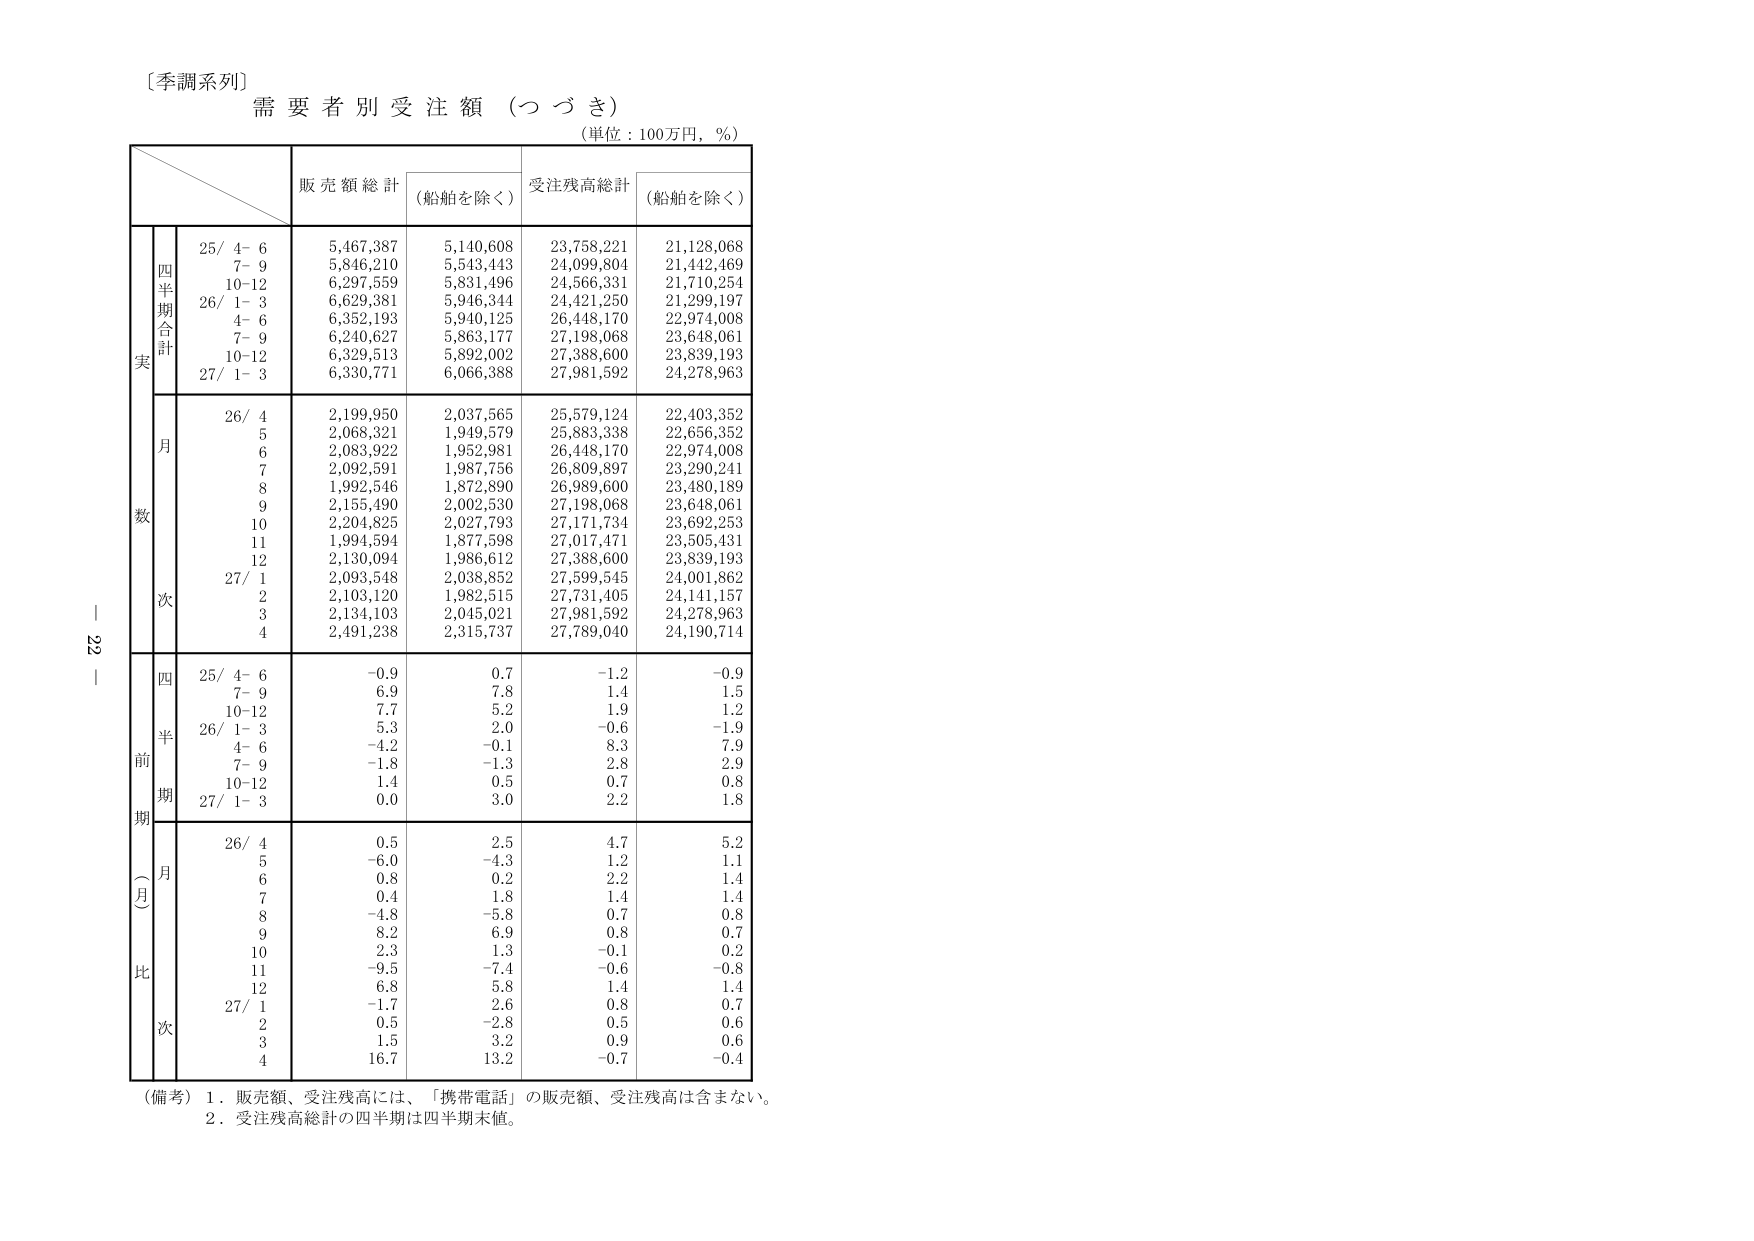
〔季調系列〕
需要者別受注額（つづき）
（単位：100万円，％）

販売額総計 （船舶を除く） 受注残高総計 （船舶を除く）

四半期合計
実
25/ 4- 6 5,467,387 5,140,608 23,758,221 21,128,068
7- 9 5,846,210 5,543,443 24,099,804 21,442,469
10-12 6,297,559 5,831,496 24,566,331 21,710,254
26/ 1- 3 6,629,381 5,946,344 24,421,250 21,299,197
4- 6 6,352,193 5,940,125 26,448,170 22,974,008
7- 9 6,240,627 5,863,177 27,198,068 23,648,061
10-12 6,329,513 5,892,002 27,388,600 23,839,193
27/ 1- 3 6,330,771 6,066,388 27,981,592 24,278,963

月
数
26/ 4 2,199,950 2,037,565 25,579,124 22,403,352
5 2,068,321 1,949,579 25,883,338 22,656,352
6 2,083,922 1,952,981 26,448,170 22,974,008
7 2,092,591 1,987,756 26,809,897 23,290,241
8 1,992,546 1,872,890 26,989,600 23,480,189
9 2,155,490 2,002,530 27,198,068 23,648,061
10 2,204,825 2,027,793 27,171,734 23,692,253
11 1,994,594 1,877,598 27,017,471 23,505,431
12 2,130,094 1,986,612 27,388,600 23,839,193
27/ 1 2,093,548 2,038,852 27,599,545 24,001,862
2 2,103,120 1,982,515 27,731,405 24,141,157
3 2,134,103 2,045,021 27,981,592 24,278,963
4 2,491,238 2,315,737 27,789,040 24,190,714

四
半
前
期
25/ 4- 6 -0.9 0.7 -1.2 -0.9
7- 9 6.9 7.8 1.4 1.5
10-12 7.7 5.2 1.9 1.2
26/ 1- 3 5.3 2.0 -0.6 -1.9
4- 6 -4.2 -0.1 8.3 7.9
7- 9 -1.8 -1.3 2.8 2.9
10-12 1.4 0.5 0.7 0.8
27/ 1- 3 0.0 3.0 2.2 1.8

月
比
26/ 4 0.5 2.5 4.7 5.2
5 -6.0 -4.3 1.2 1.1
6 0.8 0.2 2.2 1.4
7 0.4 1.8 1.4 1.4
8 -4.8 -5.8 0.7 0.8
9 8.2 6.9 0.8 0.7
10 2.3 1.3 -0.1 0.2
11 -9.5 -7.4 -0.6 -0.8
12 6.8 5.8 1.4 1.4
27/ 1 -1.7 2.6 0.8 0.7
2 0.5 -2.8 0.5 0.6
3 1.5 3.2 0.9 0.6
4 16.7 13.2 -0.7 -0.4

（備考）1．販売額、受注残高には、「携帯電話」の販売額、受注残高は含まない。
2．受注残高総計の四半期は四半期末値。